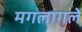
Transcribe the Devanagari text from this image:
मगलागलें